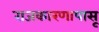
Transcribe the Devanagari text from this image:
राजकारणापासू